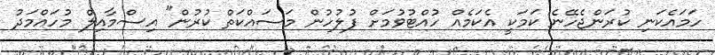
ހަމައެކަނި ކުރަންޖެހޭނެ ކަމަކީ އެކަމެއް ހުއްޓުވުމަށް ފުލުހުން މަސައްކަތް ކުރުން" އިސްމާއިލް މުހައްމަދު